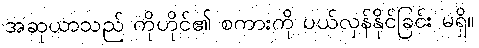
အဆုယာသည် ကိုဟိုင်၏ စကားကို ပယ်လှန်နိုင်ခြင်း မရှိ။